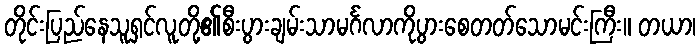
တိုင်းပြည်နေသူရှင်လူတို့၏စီးပွားချမ်းသာမင်္ဂလာကိုပွားစေတတ်သောမင်းကြီး။ တယာ၊